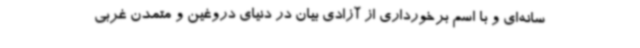
سانه‌ای و با اسم برخورداری از آزادی بیان در دنیای دروغین و متمدن غربی